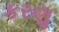
કરણૢ